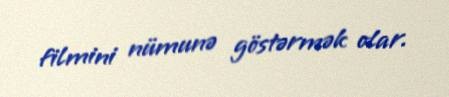
filmini nümunə göstərmək olar.